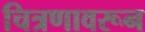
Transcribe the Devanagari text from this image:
चित्रणावरून